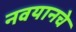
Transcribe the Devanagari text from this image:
नवयानचे